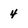
Character: 4